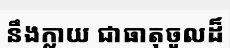
នឹងក្លាយ ជាធាតុចូលដ៏